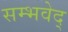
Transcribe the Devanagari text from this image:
सम्भवेद्